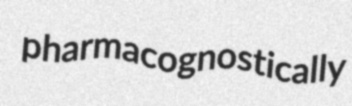
pharmacognostically